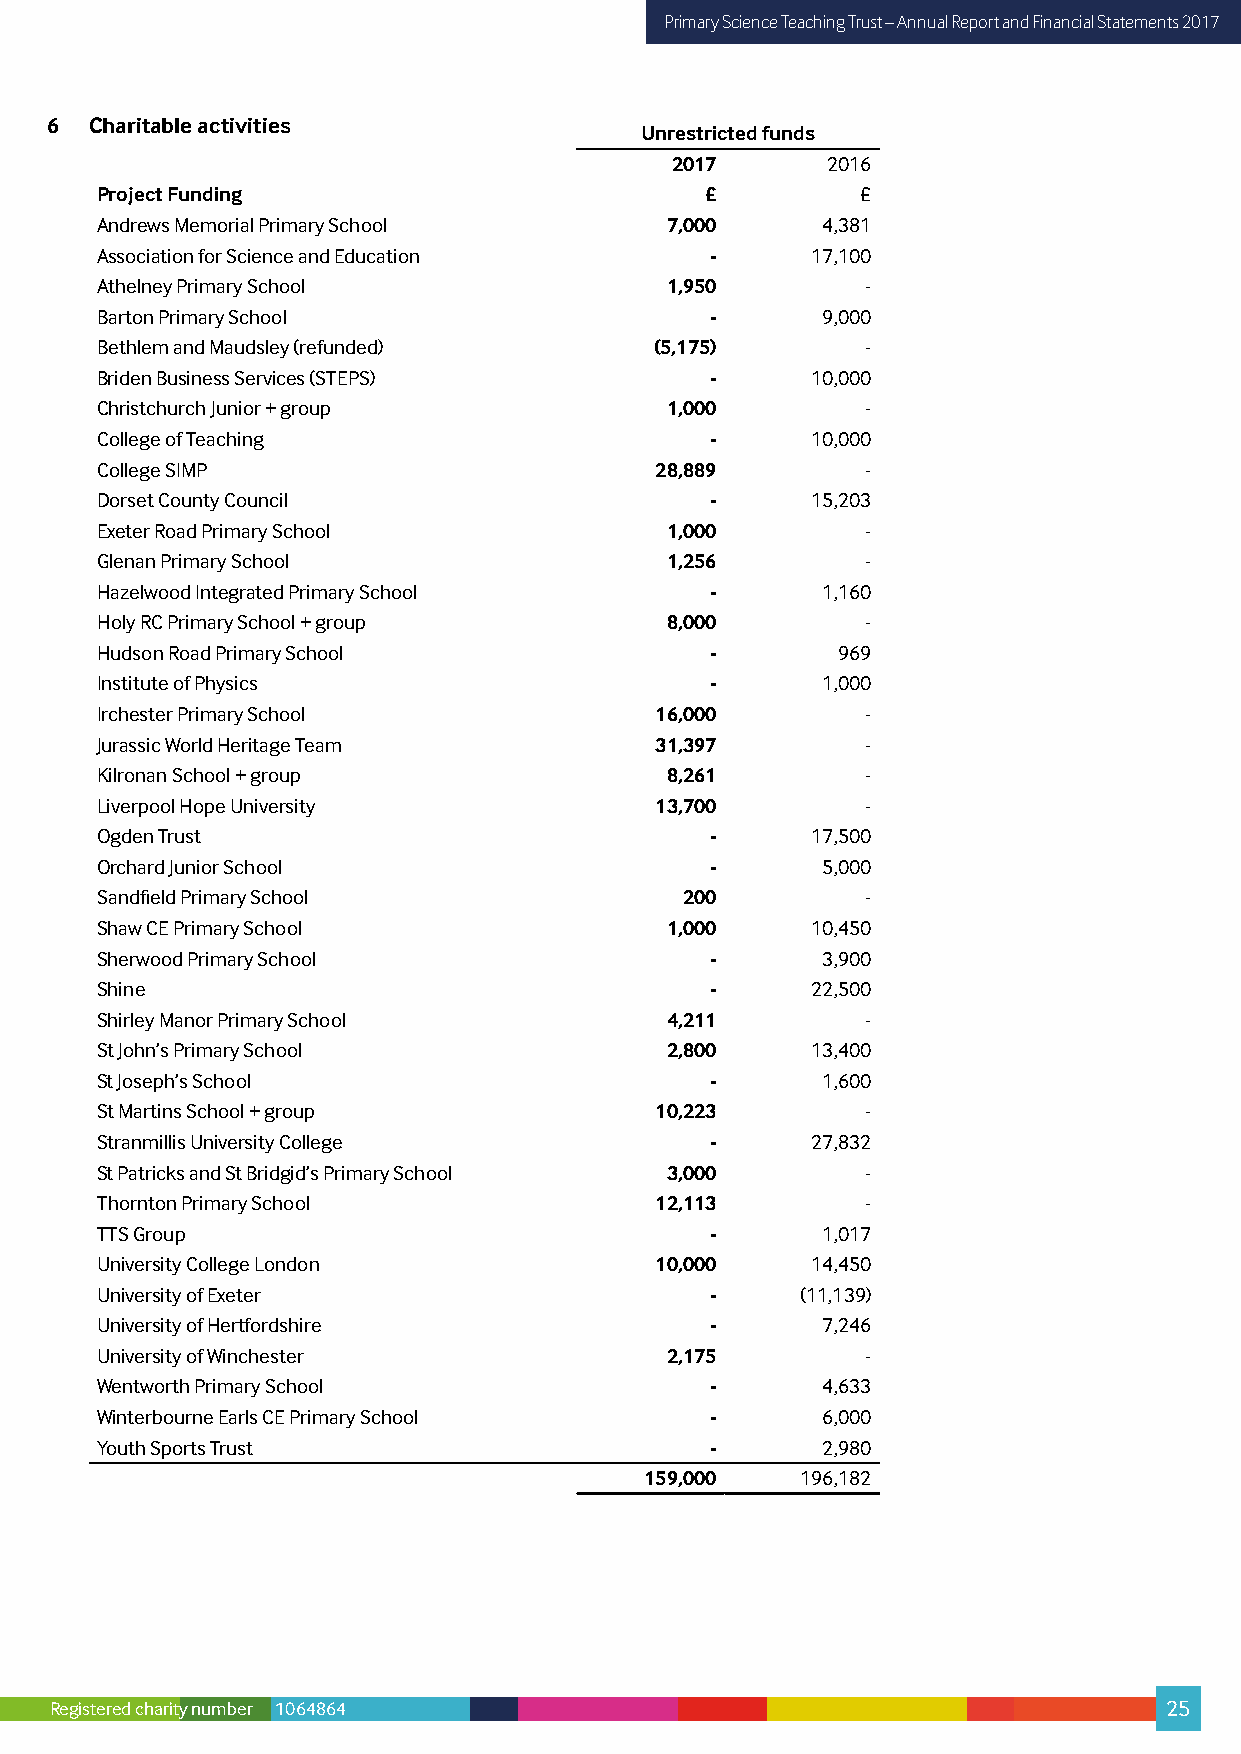
Primary Science Teaching Trust – Annual Report and Financial Statements 2017
 6  Charitable activities
 Unrestricted funds
 2017       2016
 Project Funding                          £         £
 Andrews Memorial Primary School       7,000     4,381
 Association for Science and Education    -      17,100
 Athelney Primary School               1,950        -
 Barton Primary School                    -      9,000
 Bethlem and Maudsley (refunded)      (5,175)       -
 Briden Business Services (STEPS)         -      10,000
 Christchurch Junior + group           1,000        -
 College of Teaching                      -      10,000
 College SIMP                         28,889        -
 Dorset County Council                    -      15,203
 Exeter Road Primary School            1,000        -
 Glenan Primary School                 1,256        -
 Hazelwood Integrated Primary School      -      1,160
 Holy RC Primary School + group        8,000        -
 Hudson Road Primary School               -       969
 Institute of Physics                     -      1,000
 Irchester Primary School             16,000        -
 Jurassic World Heritage Team         31,397        -
 Kilronan School + group               8,261        -
 Liverpool Hope University            13,700        -
 Ogden Trust                              -      17,500
 Orchard Junior School                    -      5,000
 Sandfield Primary School               200         -
 Shaw CE Primary School                1,000     10,450
 Sherwood Primary School                  -      3,900
 Shine                                    -      22,500
 Shirley Manor Primary School          4,211        -
 St John’s Primary School              2,800     13,400
 St Joseph’s School                       -      1,600
 St Martins School + group            10,223        -
 Stranmillis University College           -      27,832
 St Patricks and St Bridgid’s Primary School 3,000  -
 Thornton Primary School              12,113        -
 TTS Group                                -      1,017
 University College London            10,000     14,450
 University of Exeter                     -     (11,139)
 University of Hertfordshire              -      7,246
 University of Winchester              2,175        -
 Wentworth Primary School                 -      4,633
 Winterbourne Earls CE Primary School     -      6,000
 Youth Sports Trust                       -      2,980
 159,000   196,182
 Registered charity number 1064864                                         25